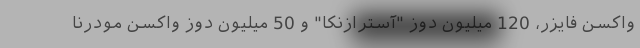
واکسن فایزر، 120 میلیون دوز "آسترازنکا" و 50 میلیون دوز واکسن مودرنا